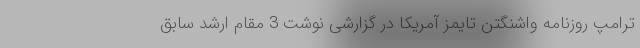
ترامپ روزنامه واشنگتن تایمز آمریکا در گزارشی نوشت 3 مقام ارشد سابق